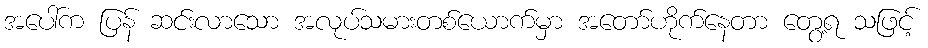
အပေါ်က ပြန် ဆင်းလာသော အလုပ်သမားတစ်ယောက်မှာ အတော်ဟိုက်နေတာ တွေ့ရ သဖြင့်